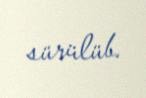
sürülüb.